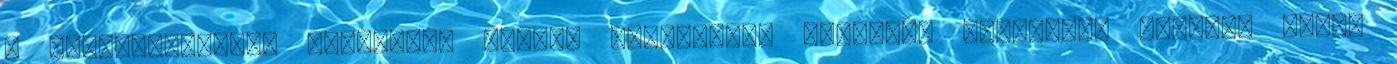
a legjelentősebb hírekről. Melyik időpontban szeretné megkapni? Szerzői jogok